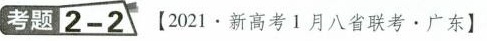
考题 2-2【2021·新高考1月八省联考·广东】